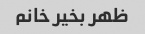
ظهر بخیر خانم